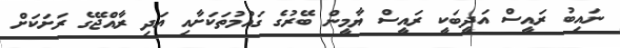
ނައިބު ރައީސް އަދީބަކީ ރައީސް ޔާމީން ބޭރުގެ ގައުމުތަކަށާއި އަދި ރާއްޖޭގެ ރަށަކަށް